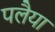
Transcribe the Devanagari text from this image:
पलैया